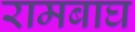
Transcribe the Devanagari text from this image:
रामबाघ